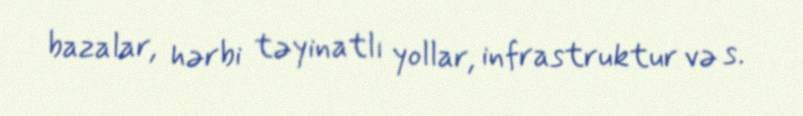
bazalar, hərbi təyinatlı yollar, infrastruktur və s.